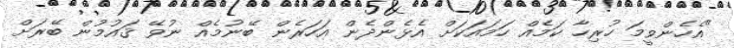
"އެހެންވީމަ ހުރިހާ ކަމެއް ހަމައަކަށް އެޅެންދެން އަހަރެން ބޭނުމެއް ނުވޭ ޤައުމުން ބޭރަށް